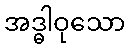
အဒ္ဓါဝုသော